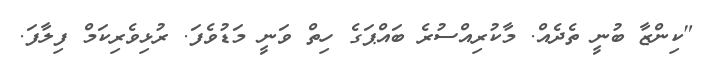
"ކިންޒާ ބުނީ ތެދެއް. މާކުރިއްސުރެ ބައްޕަގެ ހިތް ވަނީ މަޑުވެފަ. ރުޅިވެރިކަމް ފިލާފަ.